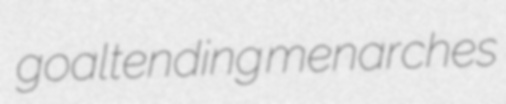
goaltending menarches